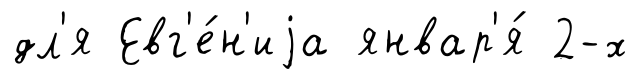
дл'я Евг'е́н'иjа январ'я́ 2-х